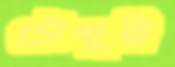
চৌখুরী